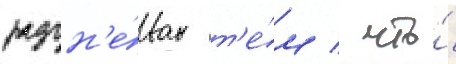
разгн'е́ван т'е́м / что́